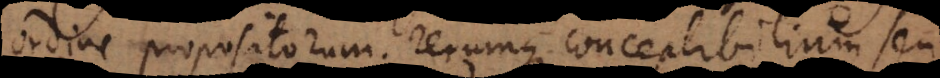
ordine propositorum, rerumque conceptibilium seu